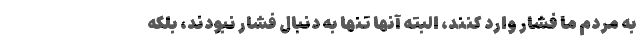
به مردم ما فشار وارد کنند، البته آنها تنها به دنبال فشار نبودند، بلکه